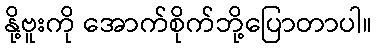
နို့ဗူးကို အောက်စိုက်ဘို့ပြောတာပါ။